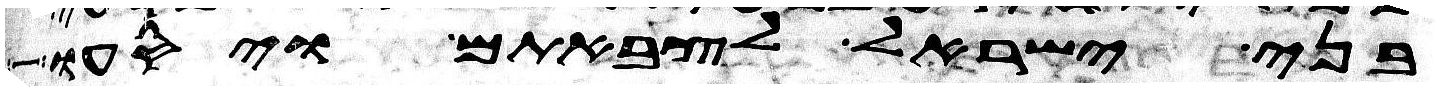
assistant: בני ישראל לצבאתם ויסעו